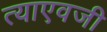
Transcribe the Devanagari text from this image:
त्याएवजी